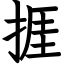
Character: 捱